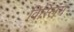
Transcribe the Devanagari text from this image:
विस्लिंग